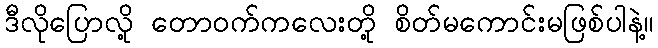
ဒီလိုပြောလို့ တောဝက်ကလေးတို့ စိတ်မကောင်းမဖြစ်ပါနဲ့။